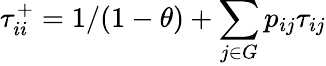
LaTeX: \tau_{ii}^{+}=1/(1-\theta)+\sum_{j\in G}p_{ij}\tau_{ij}